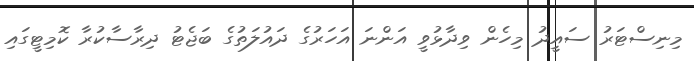
މިނިސްޓަރު ސައީދު މިހެން ވިދާޅުވީ އަންނަ އަހަރުގެ ދައުލަތުގެ ބަޖެޓު ދިރާސާކުރާ ކޮމިޓީގައި